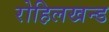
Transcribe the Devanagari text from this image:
रोहिलखन्ड